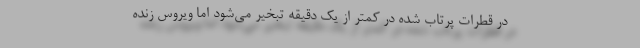
در قطرات پرتاب شده در کمتر از یک دقیقه تبخیر می‌شود اما ویروس زنده